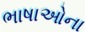
ભાષાઓના